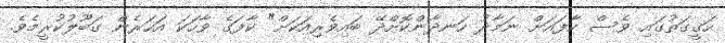
ހަގީގަތުގައި ވެސް ކާފައަށް ނަމާދު ހަނދާންކޮށްދޭ ބައިވެރިއަކަށް" ކާފަގެ ވާހަކަ އަހަރެން ގަބޫލުކުރީމެވެ.